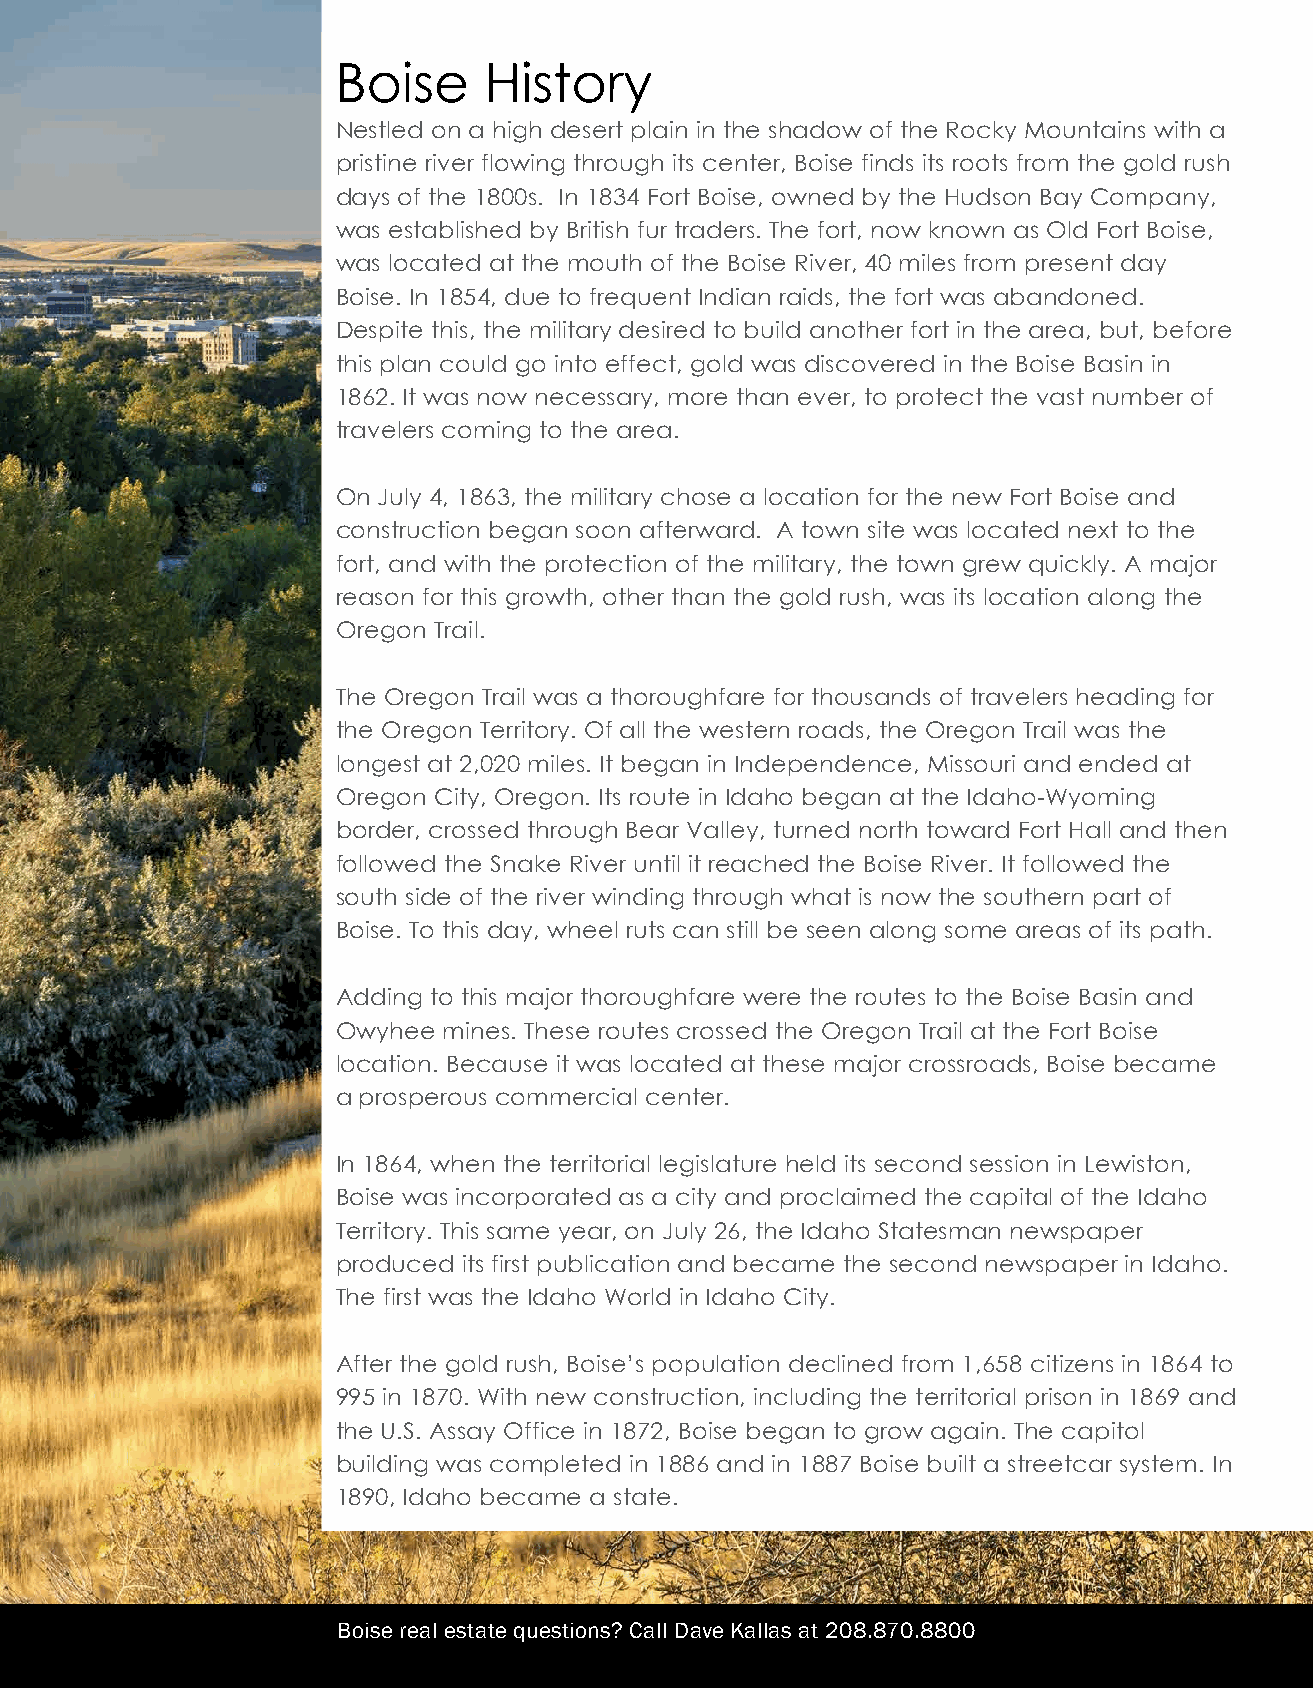
Boise     History
 Nestled on a high desert plain in the shadow of the Rocky Mountains with a
 pristine river flowing through its center, Boise finds its roots from the gold rush
 days of the 1800s. In 1834 Fort Boise, owned by the Hudson Bay Company,
 was established by British fur traders. The fort, now known as Old Fort Boise,
 was located at the mouth of the Boise River, 40 miles from present day
 Boise. In 1854, due to frequent Indian raids, the fort was abandoned.
 Despite this, the military desired to build another fort in the area, but, before
 this plan could go into effect, gold was discovered in the Boise Basin in
 1862. It was now necessary, more than ever, to protect the vast number of
 travelers coming to the area.
 On July 4, 1863, the military chose a location for the new Fort Boise and
 construction began soon afterward. A town site was located next to the
 fort, and with the protection of the military, the town grew quickly. A major
 reason for this growth, other than the gold rush, was its location along the
 Oregon Trail.
 The Oregon Trail was a thoroughfare for thousands of travelers heading for
 the Oregon Territory. Of all the western roads, the Oregon Trail was the
 longest at 2,020 miles. It began in Independence, Missouri and ended at
 Oregon City, Oregon. Its route in Idaho began at the Idaho-Wyoming
 border, crossed through Bear Valley, turned north toward Fort Hall and then
 followed the Snake River until it reached the Boise River. It followed the
 south side of the river winding through what is now the southern part of
 Boise. To this day, wheel ruts can still be seen along some areas of its path.
 Adding to this major thoroughfare were the routes to the Boise Basin and
 Owyhee mines. These routes crossed the Oregon Trail at the Fort Boise
 location. Because it was located at these major crossroads, Boise became
 a prosperous commercial center.
 In 1864, when the territorial legislature held its second session in Lewiston,
 Boise was incorporated as a city and proclaimed the capital of the Idaho
 Territory. This same year, on July 26, the Idaho Statesman newspaper
 produced its first publication and became the second newspaper in Idaho.
 The first was the Idaho World in Idaho City.
 After the gold rush, Boise’s population declined from 1,658 citizens in 1864 to
 995 in 1870. With new construction, including the territorial prison in 1869 and
 the U.S. Assay Office in 1872, Boise began to grow again. The capitol
 building was completed in 1886 and in 1887 Boise built a streetcar system. In
 1890, Idaho became a state.
 Boise real estate questions? Call Dave Kallas at 208.870.8800